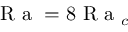
\mathrm { ~ R ~ a ~ } = 8 \mathrm { ~ R ~ a ~ } _ { c }